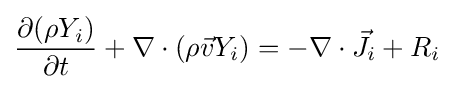
{\frac {\partial (\rho Y_{i})}{\partial t}}+\nabla \cdot (\rho {\vec {v}}Y_{i})=-\nabla \cdot {\vec {J}}_{i}+R_{i}